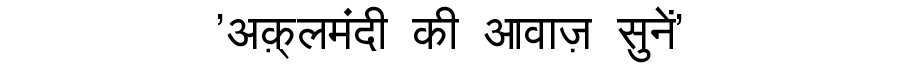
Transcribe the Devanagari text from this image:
'अक़्लमंदी की आवाज़ सुनें'